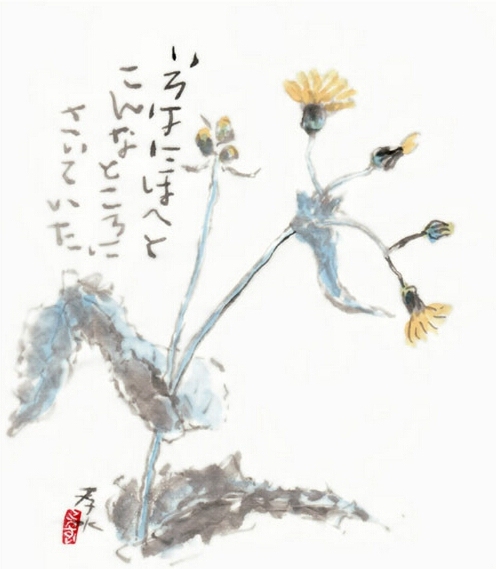
云锁嫩黄烟柳细，风吹红蒂雪梅残。